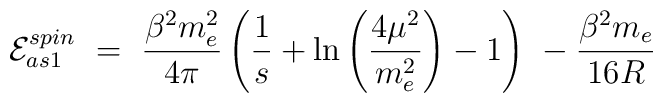
{\cal E}^{spin}_{as1}\ =\ \frac{\beta^2m_e^2}{4\pi}\left(\frac 1s +\ln\left(\frac{4\mu^2}{m_e^2}\right) -1\right)\-\ -\frac{\beta^2m_e}{16R}